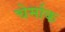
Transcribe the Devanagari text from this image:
चेर्माक